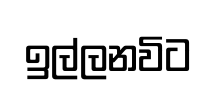
ඉල්ලනවිට